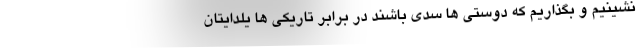
نشینیم و بگذاریم که دوستی ها سدی باشند در برابر تاریکی ها یلدایتان